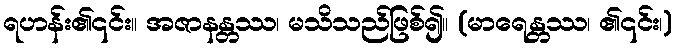
ရဟန်း၏၎င်း။ အဇာနန္တဿ၊ မသိသည်ဖြစ်၍။ (မာရေန္တဿ၊ ၏၎င်း၊)